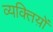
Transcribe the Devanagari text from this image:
व्यक्तिय़ों